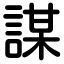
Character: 謀